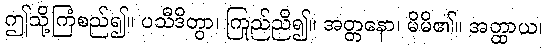
ဤသို့ကြံစည်၍။ ပသီဒိတွာ၊ ကြည်ညို၍။ အတ္တနော၊ မိမိ၏။ အတ္ထာယ၊